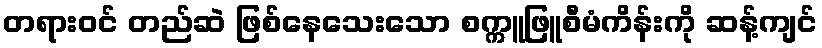
တရားဝင် တည်ဆဲ ဖြစ်နေသေးသော စက္ကူဖြူစီမံကိန်းကို ဆန့်ကျင်